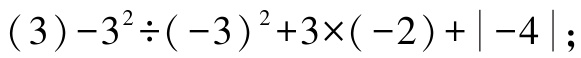
\((3)-3^{2}\div(-3)^{2}+3\times(-2)+\vert -4\vert;\)